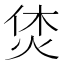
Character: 𤈢